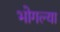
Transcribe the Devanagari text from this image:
भोगल्या